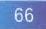
$66$